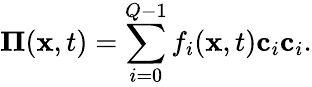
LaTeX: \mathbf{\Pi}(\mathbf{x},t)=\sum_{i=0}^{Q-1}f_{i}(\mathbf{x},t)\mathbf{c}_{i}\mathbf{c}_{i}.